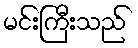
မင်းကြီးသည်